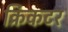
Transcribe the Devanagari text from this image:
क्रिकटर